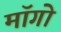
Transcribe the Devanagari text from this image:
माॅगो